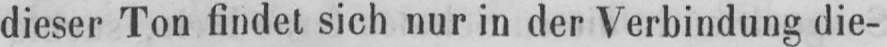
dieser Ton findet sich nur in der Verbindung die-